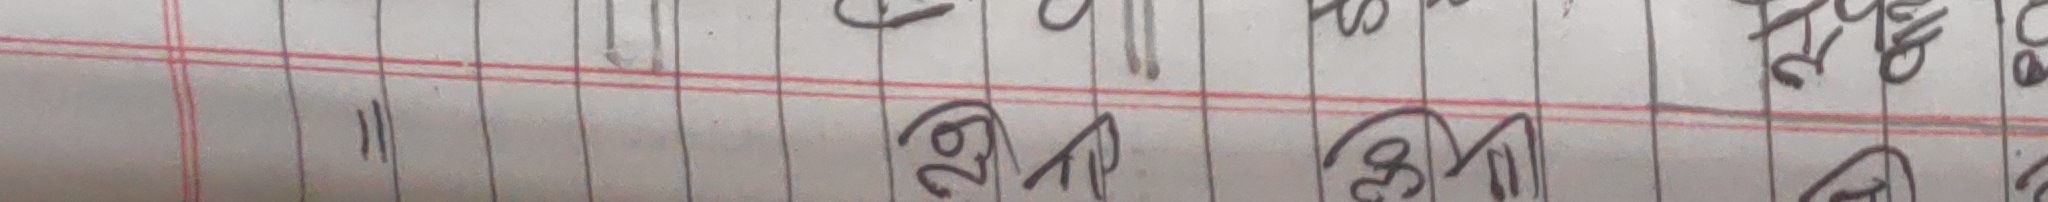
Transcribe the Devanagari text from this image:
= २५ अपिल २०२३